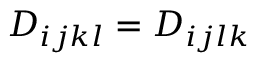
D _ { i j k l } = D _ { i j l k }